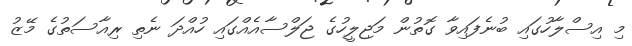
މި އިސްލާހުގައި ބުނެފައިވާ ގޮތުން މަޖިލީހުގެ ޖަލްސާއެއްގައި ހުއްދަ ނެތި ރިއާސަތުގެ މޭޒު